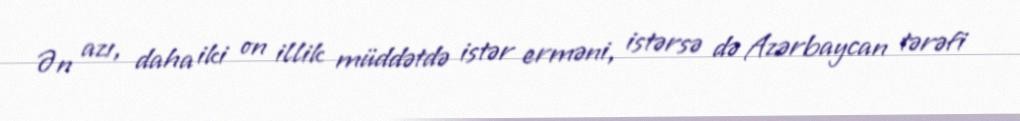
Ən azı, daha iki on illik müddətdə istər erməni, istərsə də Azərbaycan tərəfi